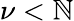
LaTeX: \nu<\mathbb{N}